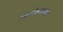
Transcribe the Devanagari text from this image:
आलेक्सान्ड्रा